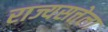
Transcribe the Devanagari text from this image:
राज्यसत्तेला